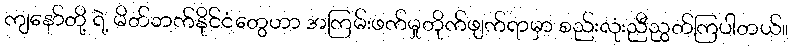
ကျနော်တို့ ရဲ့ မိတ်ဘက်နိုင်ငံတွေဟာ အကြမ်းဖက်မှုတိုက်ဖျက်ရာမှာ စည်းလုံးညီညွတ်ကြပါတယ်။